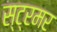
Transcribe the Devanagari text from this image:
स्ट्रमर